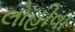
લોહીવા